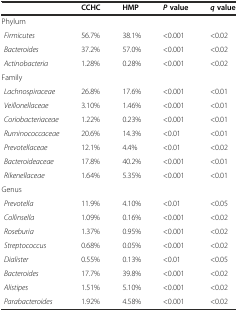
|  | CCHC | HMP | Pvalue | qvalue |
 | --- | --- | --- | --- | --- |
 | Phylum |  |  |  |  |
 | Firmicutes | 56.7% | 38.1% | <0.001 | <0.02 |
 | Bacteroides | 37.2% | 57.0% | <0.001 | <0.02 |
 | Actinobacteria | 1.28% | 0.28% | <0.001 | <0.02 |
 | Family |  |  |  |  |
 | Lachnospiraceae | 26.8% | 17.6% | <0.001 | <0.01 |
 | Veillonellaceae | 3.10% | 1.46% | <0.001 | <0.01 |
 | Coriobacteriaceae | 1.22% | 0.23% | <0.001 | <0.01 |
 | Ruminococcaceae | 20.6% | 14.3% | <0.01 | <0.01 |
 | Prevotellaceae | 12.1% | 4.4% | <0.01 | <0.02 |
 | Bacteroideaceae | 17.8% | 40.2% | <0.001 | <0.01 |
 | Rikenellaceae | 1.64% | 5.35% | <0.001 | <0.01 |
 | Genus |  |  |  |  |
 | Prevotella | 11.9% | 4.10% | <0.01 | <0.05 |
 | Collinsella | 1.09% | 0.16% | <0.001 | <0.02 |
 | Roseburia | 1.37% | 0.95% | <0.001 | <0.02 |
 | Streptococcus | 0.68% | 0.05% | <0.001 | <0.02 |
 | Dialister | 0.55% | 0.13% | <0.01 | <0.05 |
 | Bacteroides | 17.7% | 39.8% | <0.001 | <0.02 |
 | Alistipes | 1.51% | 5.10% | <0.001 | <0.02 |
 | Parabacteroides | 1.92% | 4.58% | <0.001 | <0.02 |